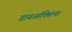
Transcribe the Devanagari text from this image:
डायऑक्सिन्स